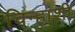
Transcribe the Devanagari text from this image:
चिन्हांशी